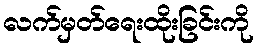
လက်မှတ်ရေးထိုးခြင်းကို